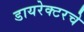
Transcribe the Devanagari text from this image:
डायरेक्टरचे